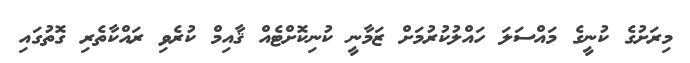
މިރަށުގެ ކުނީގެ މައްސަލަ ހައްލުކުރުމަށް ޒަމާނީ ކުނިކޮށްޓެއް ޤާއިމް ކުރެވި ރައްކާތެރި ގޮތުގައި